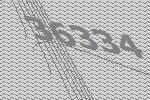
36334